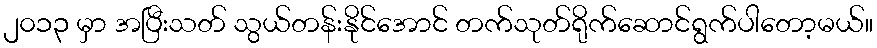
၂၀၁၃ မှာ အပြီးသတ် သွယ်တန်းနိုင်အောင် တက်သုတ်ရိုက်ဆောင်ရွက်ပါတော့မယ်။